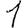
Digit: 1